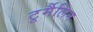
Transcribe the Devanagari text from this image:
टूर्मैलिन